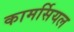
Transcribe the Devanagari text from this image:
कामर्सियल